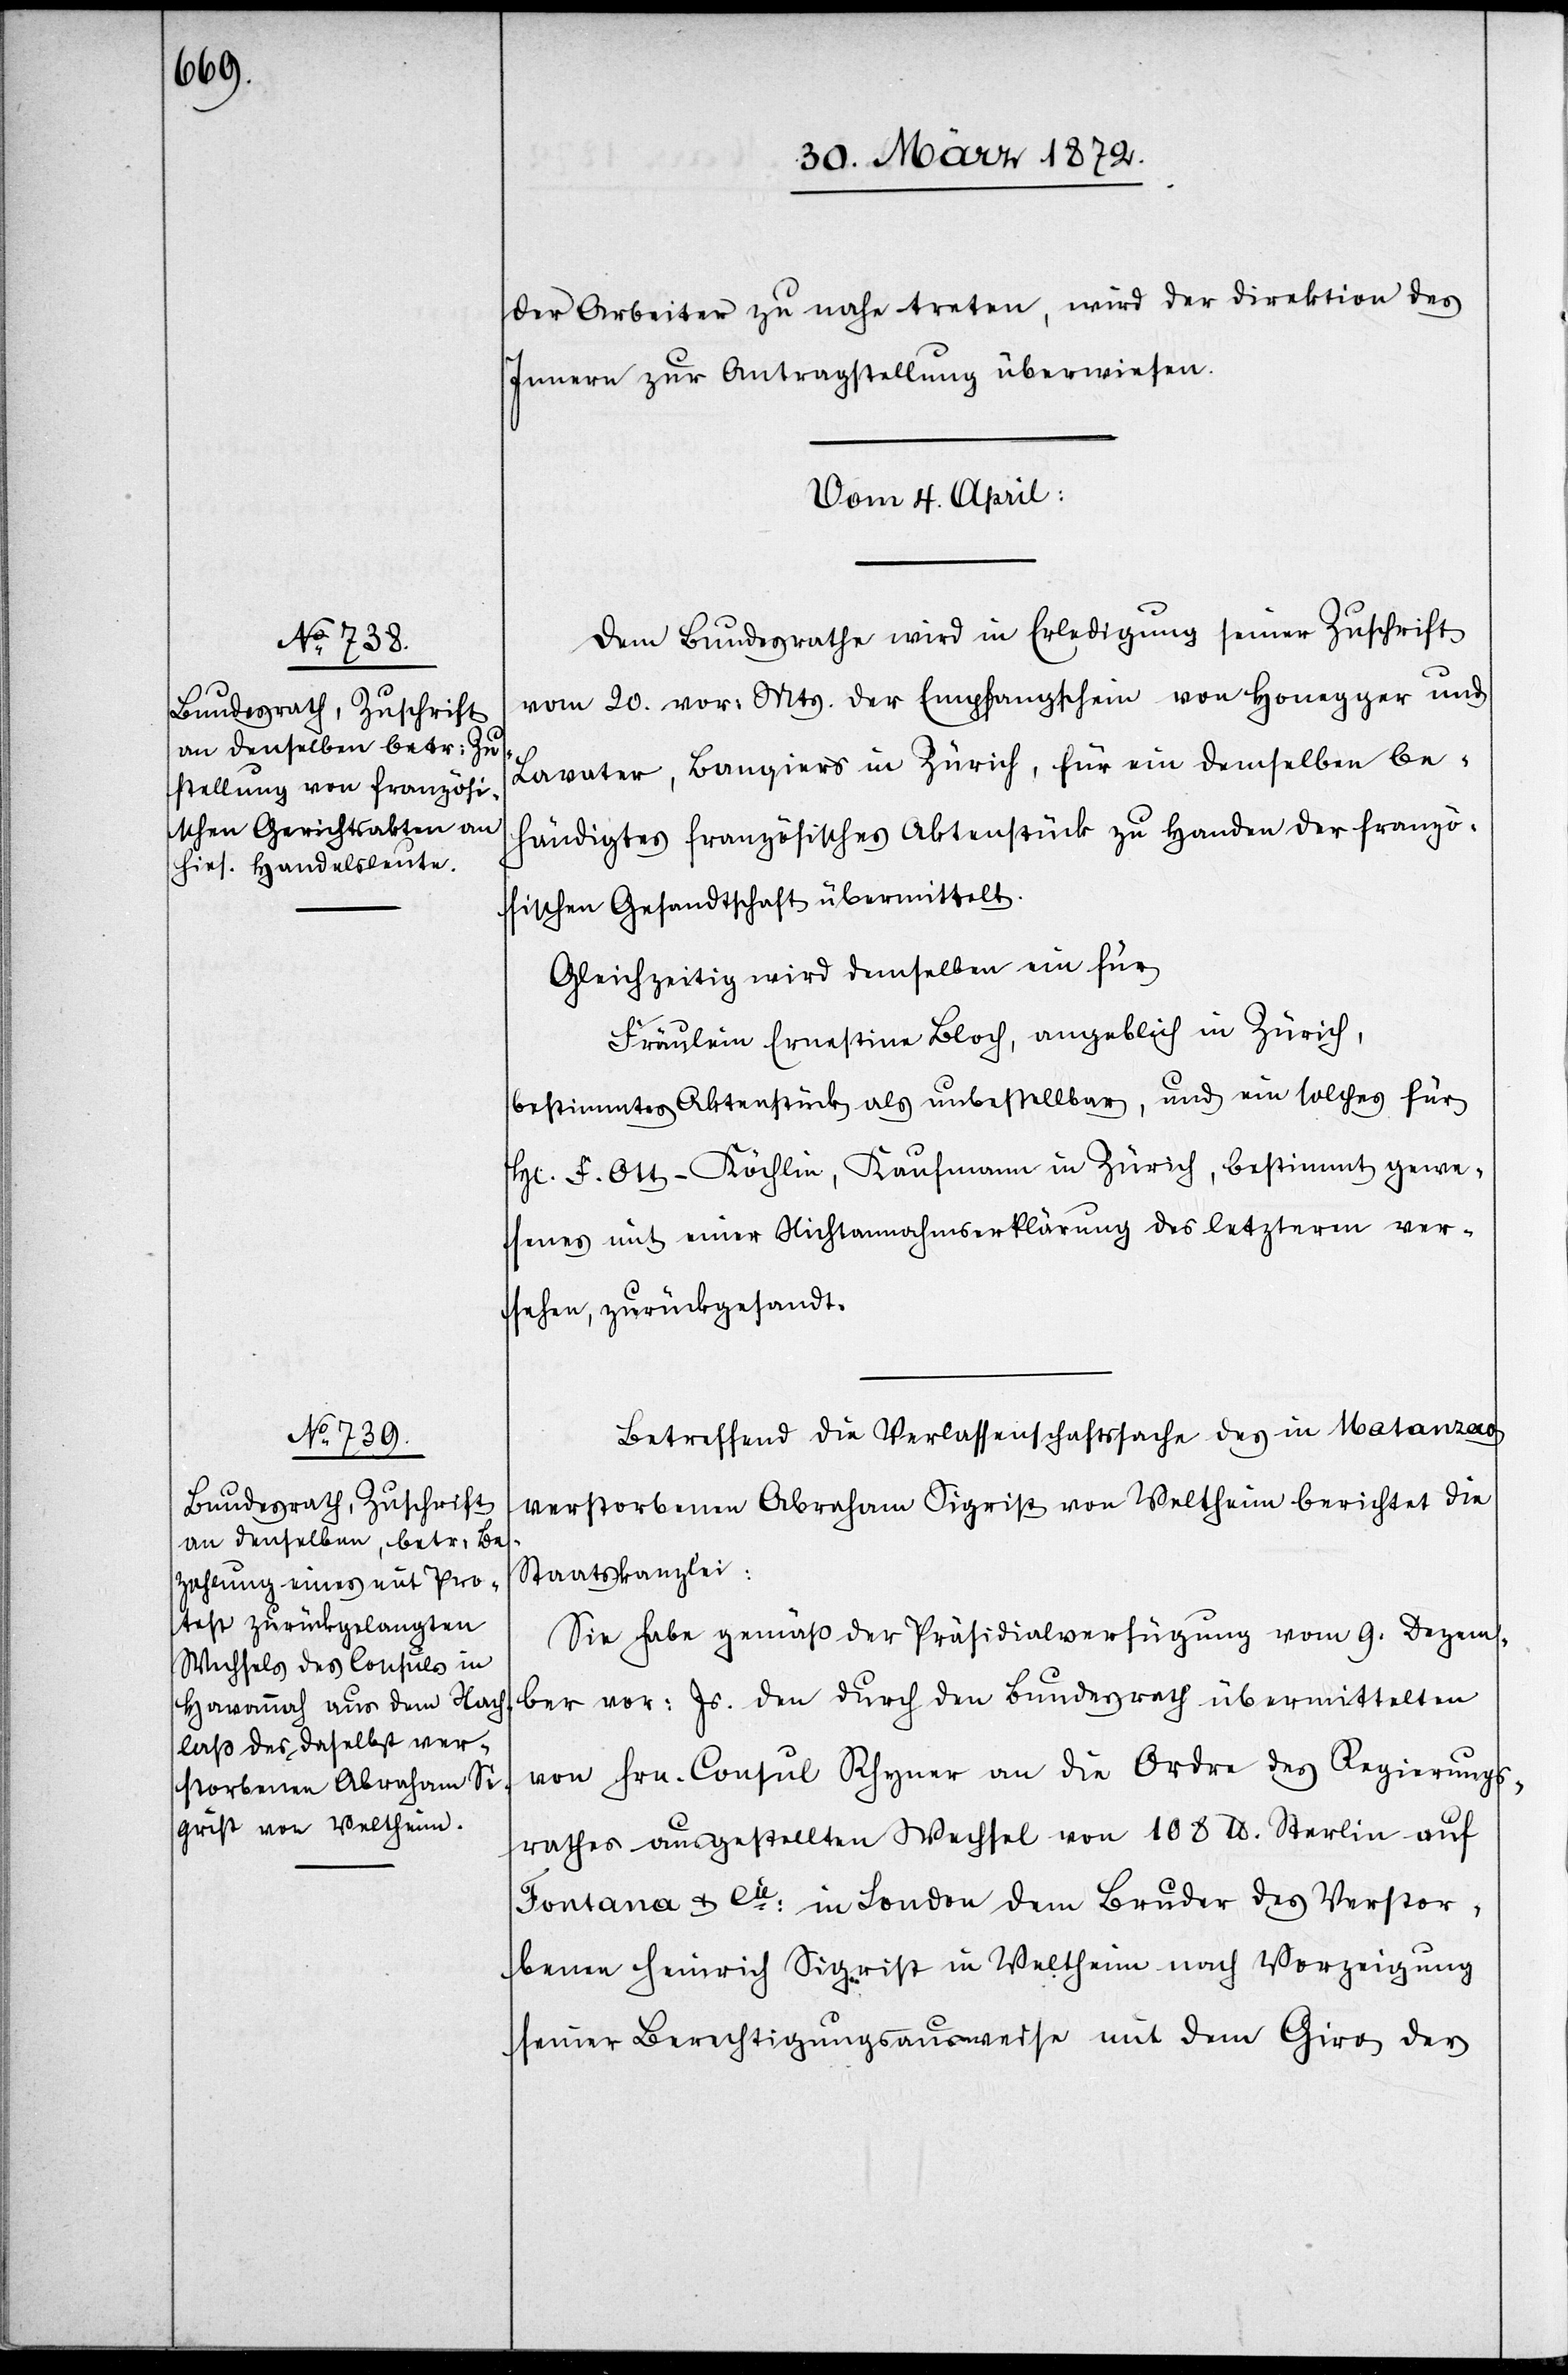
der Arbeiter zu nahe treten, wird der Direktion des
Innern zur Antragstellung überwiesen.
vom 4. April.]
Dem Bundesrathe wird in Erledigung seiner Zuschrift
vom 20. vor: Mts. der Empfangschein von Honegger und
Lavater, Banquiers in Zürich, für ein demselben be¬
händigtes französisches Aktenstück zu Handen der franzö¬
sischen Gesandtschaft übermittelt.
Gleichzeitig wird demselben ein für
Fräulein Ernestina Bloch, angeblich in Zürich,
bestimmtes Aktenstück als unbestellbar, und ein solches für
Hr. F. Ott-Köchlin, Kaufmann in Zürich, bestimmt gewe¬
senes mit einer Nichtannahmserklärung des letzteren ver¬
sehen, zurückgesandt.
Betreffend die Verlassenschaftssache des in Matanzas
verstorbenen Abraham Sigrist von Veltheim berichtet die
Staatskanzlei:
Sie habe gemäß der Präsidialverfügung vom 9. Dezem¬
ber vor: Js. den durch den Bundesrath übermittelten
von Hrn. Consul Rhyner an die Ordre des Regierungs¬
rathes ausgestellten Wechsel von 108 lb Sterlin [sic!] auf
Fontana u. Cie: in London dem Bruder des Verstor¬
benen Heinrich Sigrist in Veltheim nach Vorzeigung
seiner Berechtigungsausweise mit dem Giro der